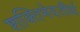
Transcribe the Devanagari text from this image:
शक्तिभेदतीर्थ